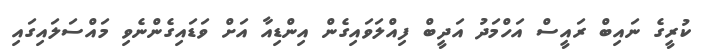
ކުރީގެ ނައިބް ރައީސް އަހްމަދު އަދީބް ފިއްލަވައިގެން އިންޑިއާ އަށް ވަޑައިގެންނެވި މައްސަލައިގައި